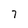
Character: 7